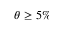
\theta \geq 5 \%